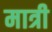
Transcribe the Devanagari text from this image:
मात्री